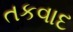
તકવાદ